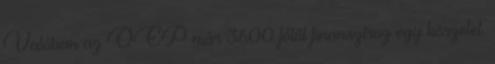
Valóban az OEP már 3600 főtől finanszíroz egy körzetet.